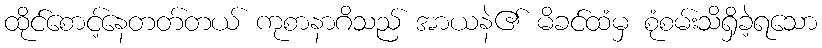
ထိုင်စောင့်နေတတ်တယ် ကုစာနာဂိသည် အာယနဲ၏ မိခင်ထံမှ စုံစမ်းသိရှိခဲ့ရသော